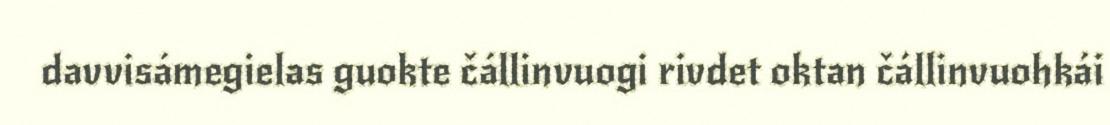
davvisámegielas guokte čállinvuogi rivdet oktan čállinvuohkái